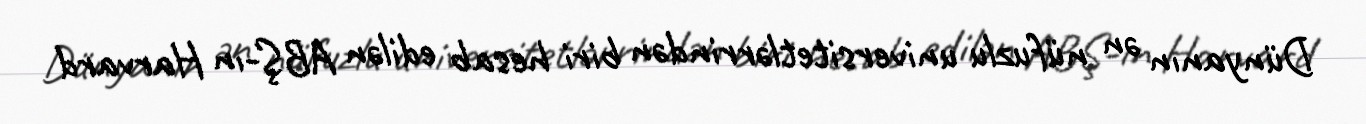
Dünyanın ən nüfuzlu universitetlərrindən biri hesab edilən ABŞ-ın Harvard